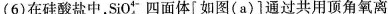
(6)在硅酸盐中，SiO_{ 4 } ^ { 4- }四面体[如图(a)]通过共用顶角氧离